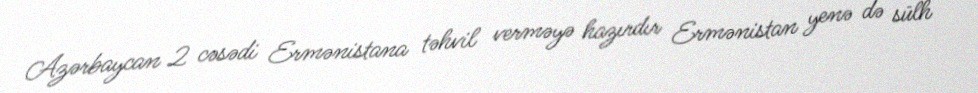
Azərbaycan 2 cəsədi Ermənistana təhvil verməyə hazırdır Ermənistan yenə də sülh